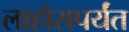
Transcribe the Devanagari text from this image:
लाहोरापर्यंत